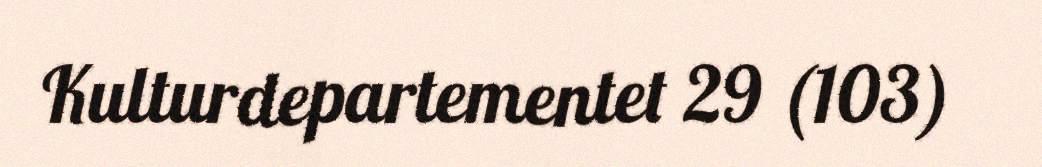
Kulturdepartementet 29 (103)